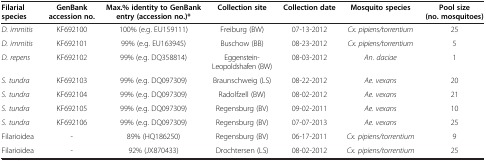
| Filarial species | GenBank accession no. | Max.% identity to GenBank entry (accession no.)* | Collection site | Collection date | Mosquito species | Pool size (no. mosquitoes) |
 | --- | --- | --- | --- | --- | --- | --- |
 | D. immitis | KF692100 | 100% (e.g. EU159111) | Freiburg (BW) | 07-13-2012 | Cx. pipiens/torrentium | 25 |
 | D. immitis | KF692101 | 99% (e.g. EU163945) | Buschow (BB) | 08-23-2012 | Cx. pipiens/torrentium | 5 |
 | D. repens | KF692102 | 99% (e.g. DQ358814) | Eggenstein-Leopoldshafen (BW) | 08-03-2012 | An. daciae | 1 |
 | S. tundra | KF692103 | 99% (e.g. DQ097309) | Braunschweig (LS) | 08-22-2012 | Ae. vexans | 20 |
 | S. tundra | KF692104 | 99% (e.g. DQ097309) | Radolfzell (BW) | 08-02-2012 | Ae. vexans | 21 |
 | S. tundra | KF692105 | 99% (e.g. DQ097309) | Regensburg (BV) | 09-02-2011 | Ae. vexans | 10 |
 | S. tundra | KF692106 | 99% (e.g. DQ097309) | Regensburg (BV) | 07-07-2013 | Ae. vexans | 25 |
 | Filarioidea | - | 89% (HQ186250) | Regensburg (BV) | 06-17-2011 | Cx. pipiens/torrentium | 9 |
 | Filarioidea | - | 92% (JX870433) | Drochtersen (LS) | 08-02-2012 | Cx. pipiens/torrentium | 25 |